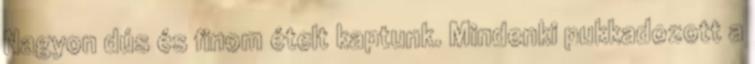
Nagyon dús és finom ételt kaptunk. Mindenki pukkadozott a